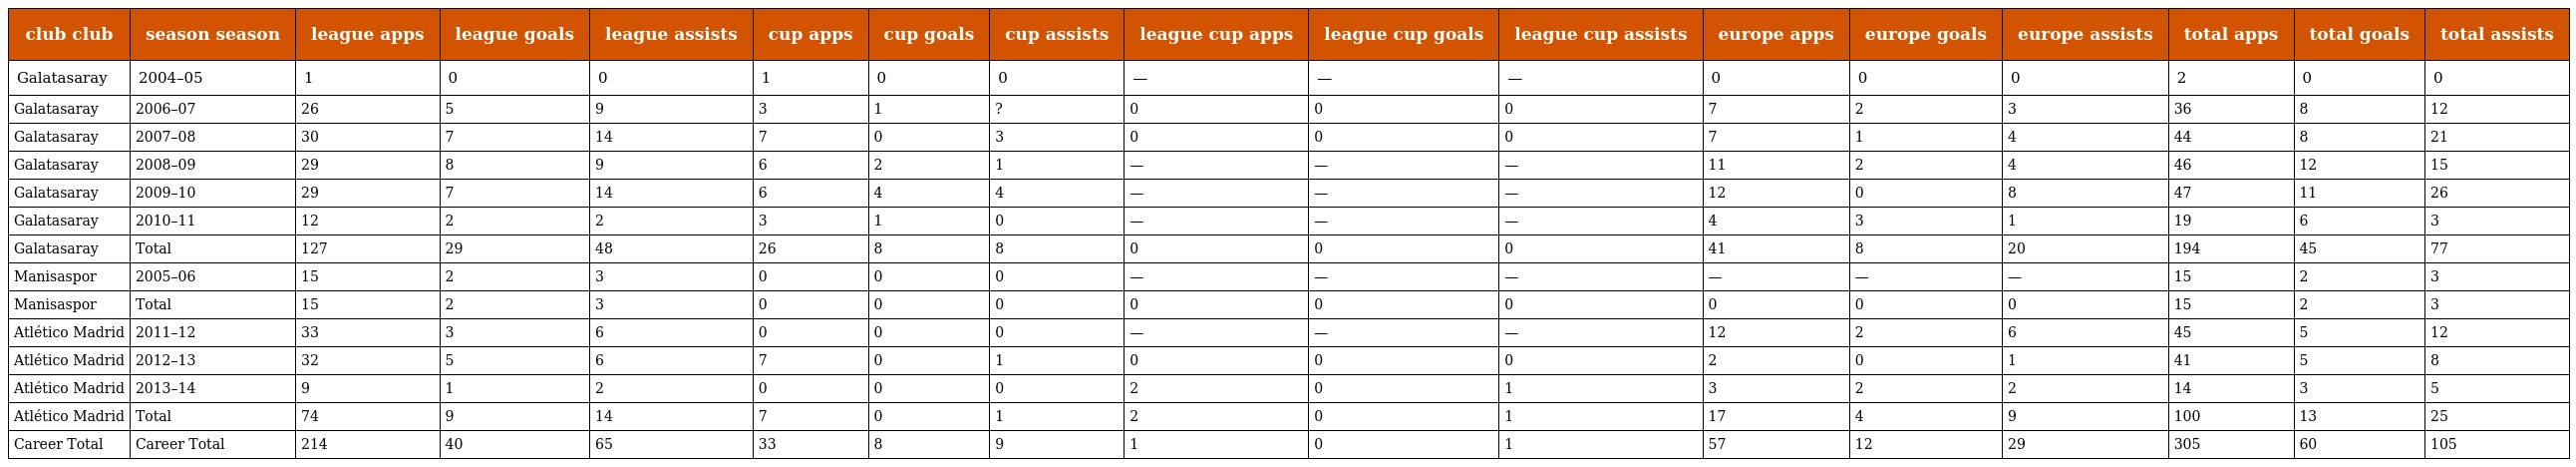
| club club | season season | league apps | league goals | league assists | cup apps | cup goals | cup assists | league cup apps | league cup goals | league cup assists | europe apps | europe goals | europe assists | total apps | total goals | total assists |
 | --- | --- | --- | --- | --- | --- | --- | --- | --- | --- | --- | --- | --- | --- | --- | --- | --- |
 | Galatasaray | 2004–05 | 1 | 0 | 0 | 1 | 0 | 0 | — | — | — | 0 | 0 | 0 | 2 | 0 | 0 |
 | Galatasaray | 2006–07 | 26 | 5 | 9 | 3 | 1 | ? | 0 | 0 | 0 | 7 | 2 | 3 | 36 | 8 | 12 |
 | Galatasaray | 2007–08 | 30 | 7 | 14 | 7 | 0 | 3 | 0 | 0 | 0 | 7 | 1 | 4 | 44 | 8 | 21 |
 | Galatasaray | 2008–09 | 29 | 8 | 9 | 6 | 2 | 1 | — | — | — | 11 | 2 | 4 | 46 | 12 | 15 |
 | Galatasaray | 2009–10 | 29 | 7 | 14 | 6 | 4 | 4 | — | — | — | 12 | 0 | 8 | 47 | 11 | 26 |
 | Galatasaray | 2010–11 | 12 | 2 | 2 | 3 | 1 | 0 | — | — | — | 4 | 3 | 1 | 19 | 6 | 3 |
 | Galatasaray | Total | 127 | 29 | 48 | 26 | 8 | 8 | 0 | 0 | 0 | 41 | 8 | 20 | 194 | 45 | 77 |
 | Manisaspor | 2005–06 | 15 | 2 | 3 | 0 | 0 | 0 | — | — | — | — | — | — | 15 | 2 | 3 |
 | Manisaspor | Total | 15 | 2 | 3 | 0 | 0 | 0 | 0 | 0 | 0 | 0 | 0 | 0 | 15 | 2 | 3 |
 | Atlético Madrid | 2011–12 | 33 | 3 | 6 | 0 | 0 | 0 | — | — | — | 12 | 2 | 6 | 45 | 5 | 12 |
 | Atlético Madrid | 2012–13 | 32 | 5 | 6 | 7 | 0 | 1 | 0 | 0 | 0 | 2 | 0 | 1 | 41 | 5 | 8 |
 | Atlético Madrid | 2013–14 | 9 | 1 | 2 | 0 | 0 | 0 | 2 | 0 | 1 | 3 | 2 | 2 | 14 | 3 | 5 |
 | Atlético Madrid | Total | 74 | 9 | 14 | 7 | 0 | 1 | 2 | 0 | 1 | 17 | 4 | 9 | 100 | 13 | 25 |
 | Career Total | Career Total | 214 | 40 | 65 | 33 | 8 | 9 | 1 | 0 | 1 | 57 | 12 | 29 | 305 | 60 | 105 |